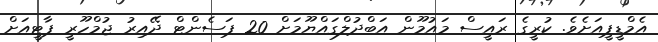
އެމްޑީޕީއަށެވެ. ކުރީގެ ރައީސް މައުމޫން އަބްދުލްގައްޔޫމަށް 20 ޕަސެންޓް ދޭއިރު ޖުމްހޫރީ ޕާޓީއަށް